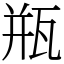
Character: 瓶